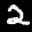
Label: 2